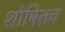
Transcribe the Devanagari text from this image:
शोषितच